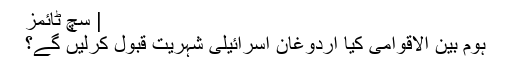
| سچ ٹائمز
ہوم بین الاقوامی کیا اردوغان اسرائیلی شہریت قبول کرلیں گے؟